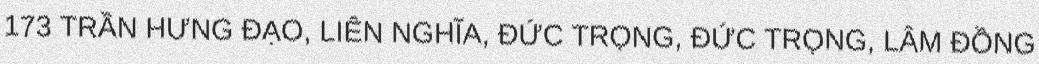
173 TRẦN HƯNG ĐẠO, LIÊN NGHĨA, ĐỨC TRỌNG, ĐỨC TRỌNG, LÂM ĐỒNG